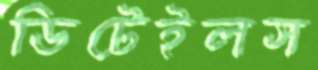
ডিটেইলস